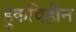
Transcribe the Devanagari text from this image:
हुकविहीन